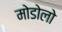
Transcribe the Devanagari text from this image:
मोडोलो